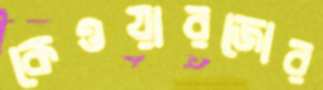
কেওয়ারজোর